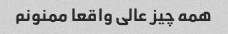
همه چیز عالی واقعا ممنونم